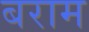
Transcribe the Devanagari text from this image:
बराम